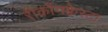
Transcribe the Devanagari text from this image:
रीकाँगक्वेस्टा